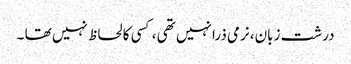
درشت زبان، نرمی ذرا نہیں تھی ، کسی کا لحاظ نہیں تھا ۔